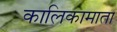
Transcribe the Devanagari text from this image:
कालिकामाता